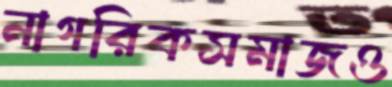
নাগরিকসমাজও